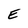
Character: E